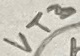
Text: VT3